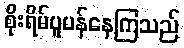
စိုးရိမ်ပူပန်နေကြသည်